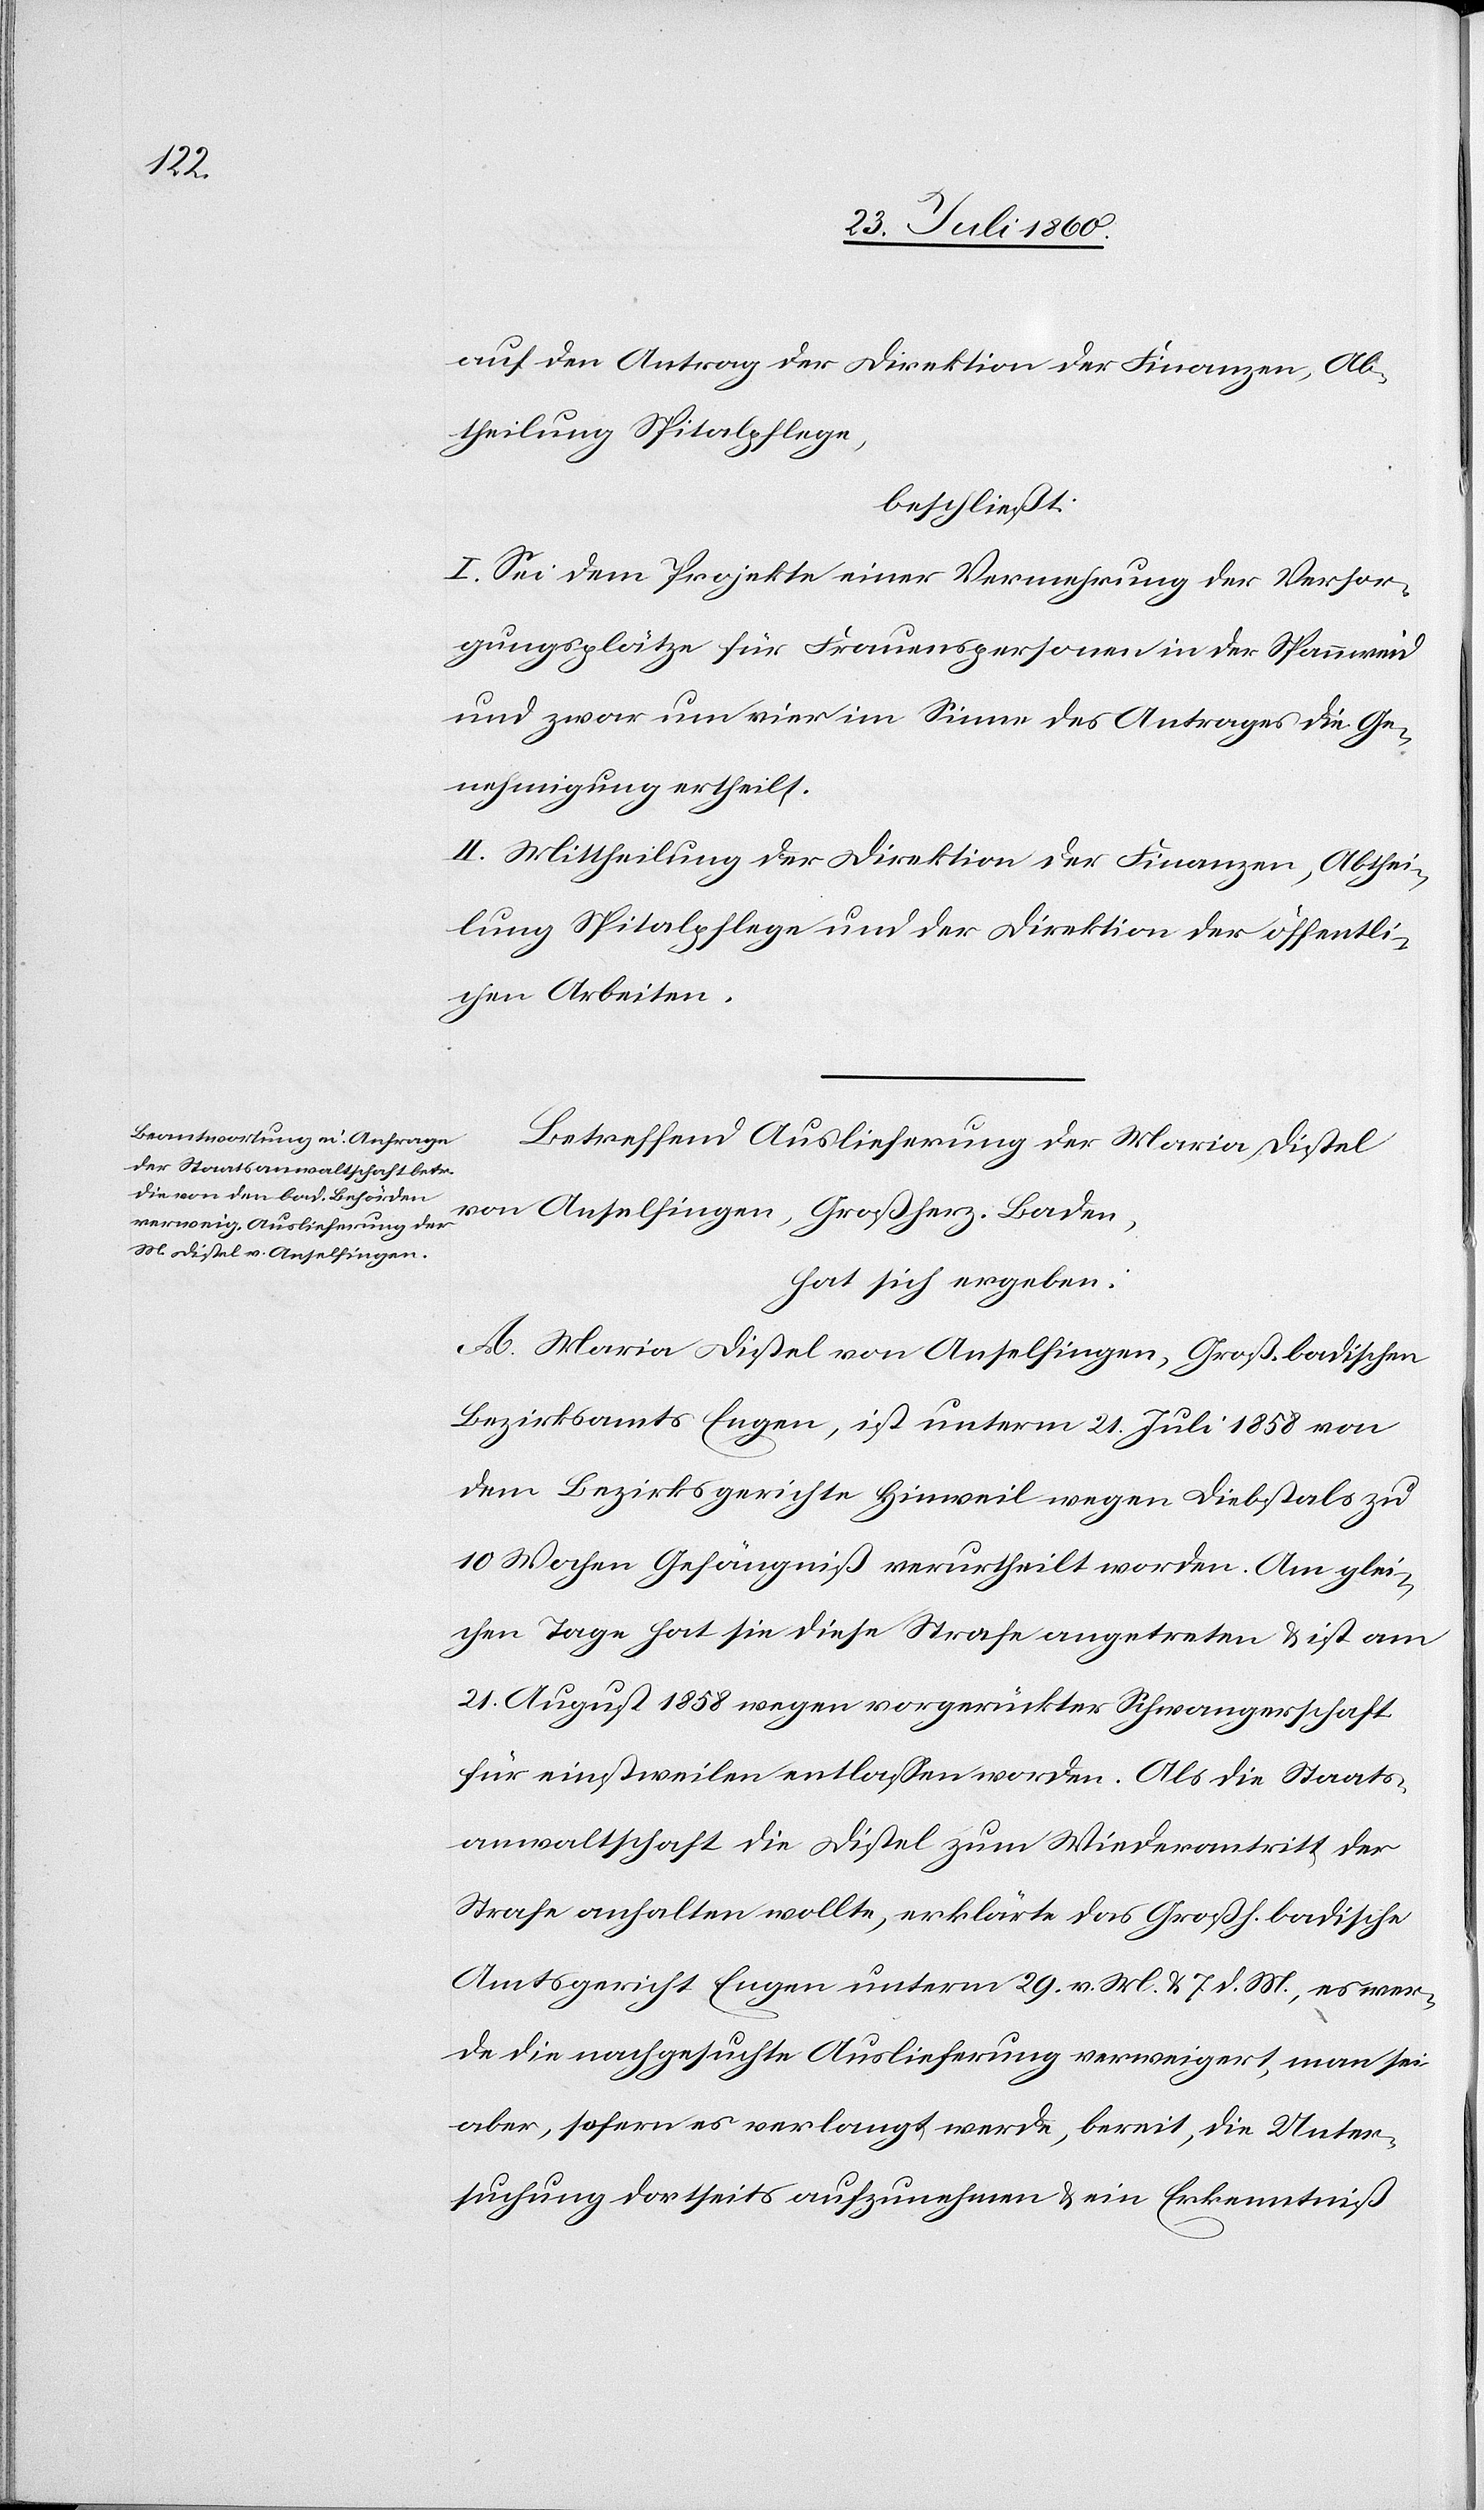
auf den Antrag der Direktion der Finanzen, Ab¬
theilung Spitalpflege,
beschliesst:
I. Sei dem Projekte einer Vermehrung der Versor¬
gungsplätze für Frauenpersonen in der Spannweid
u. zwar um vier im Sinne des Antrages die Ge¬
nehmigung ertheilt.
II. Mittheilung der Direktion der Finanzen, Abthei¬
lung Spitalpflege und der Direktion der öffentli¬
chen Arbeiten.
Betreffend Auslieferung der Maria Distel
von Anselfingen, Grossherzogthum Baden
hat sich ergeben:
A. Maria Distel von Anselfingen, Großh. Badischen
Bezirksamtes Engen, ist unterm 21. Juli 1858 von
dem Bezirksgerichte Hinweil wegen Diebstals zu
10 Wochen Gefängniss verurtheilt worden, am glei¬
chen Tage hat sie diese Strafe angetreten und ist am
21. August 1858 wegen vorgerückter Schwangerschaft
für einstweilen entlassen worden. Als die Staats¬
anwaltschaft die Distel zum Wiederantritte der
Strafe anhalten wollte, erklärte das Grossh. Badische
Amtsgericht Engen unterm 29. v. Mts. und 7. d. Mts., es wer¬
de die nachgesuchte Auslieferung verweigert, man sei
aber, sofern es verlangt werde, bereit, die Unter¬
suchung dortseits aufzunehmen und ein Erkenntniss